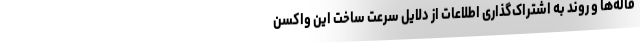
قاله‌ها و روند به اشتراک‌گذاری اطلاعات از دلایل سرعت ساخت این واکسن